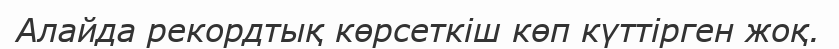
Алайда рекордтық көрсеткіш көп күттірген жоқ.